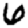
Digit: 6